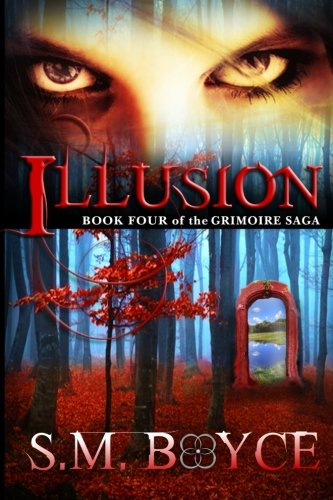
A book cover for Illusion: Book Four of the Grimoire Saga (Volume 4); S. M. Boyce; Science Fiction & Fantasy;